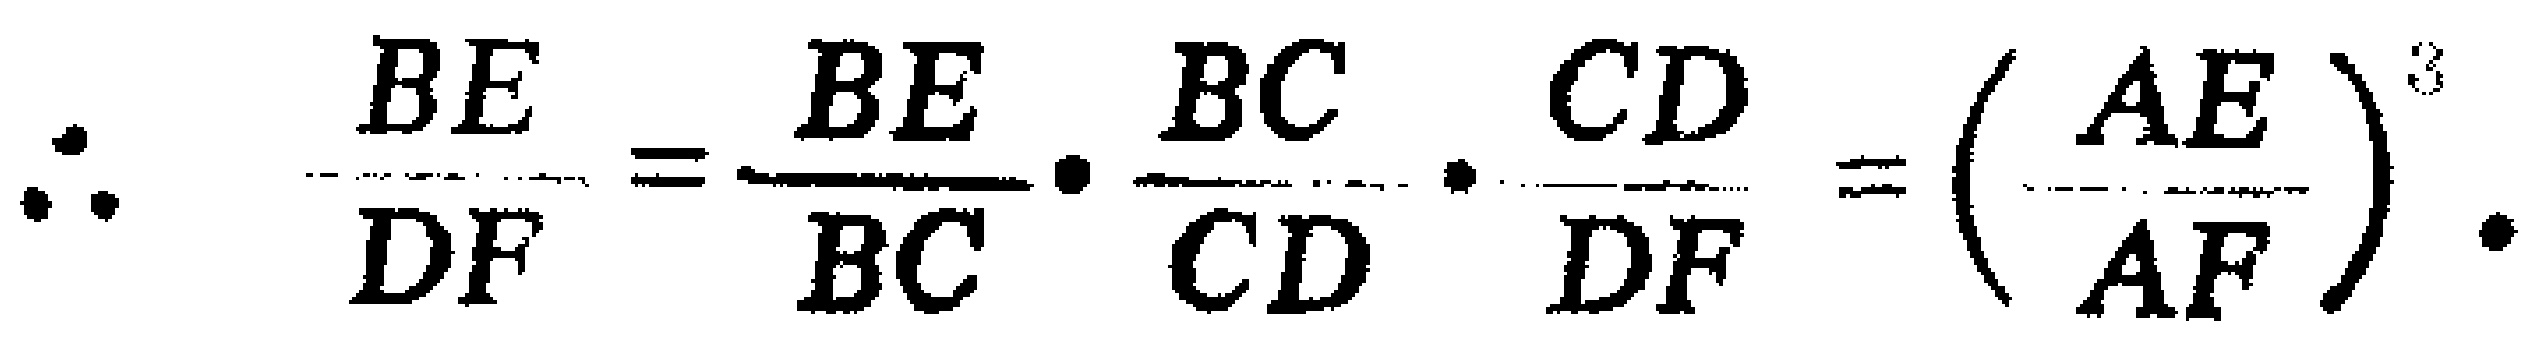
\(\therefore\quad\frac{BE}{DF}=\frac{BE}{BC}\cdot\frac{BC}{CD}\cdot\frac{CD}{DF}=\left(\frac{AE}{AF}\right)^{3}\).